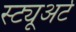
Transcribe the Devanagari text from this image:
स्ट्यूअर्ट